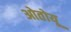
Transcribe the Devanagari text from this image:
ओतोयू